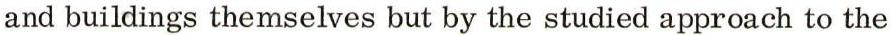
and buildings themselves but by the studied approach to the